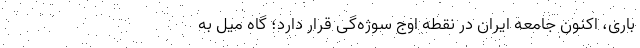
باری، اکنون جامعه ایران در نقطه اوج سوژه‌گی قرار دارد؛ گاه میل به